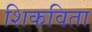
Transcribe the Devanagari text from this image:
शिकविता